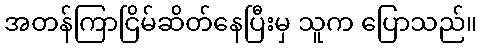
အတန်ကြာငြိမ်ဆိတ်နေပြီးမှ သူက ပြောသည်။